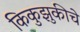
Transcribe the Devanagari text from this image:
किकुझुकीचे